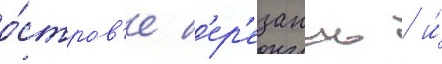
о́стров'е б'ер'езань / и́